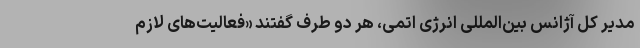
مدیر کل آژانس بین‌المللی انرژی اتمی، هر دو طرف گفتند «فعالیت‌های لازم